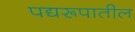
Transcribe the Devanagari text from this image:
पद्यरूपातील